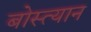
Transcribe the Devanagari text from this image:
बोस्त्यान